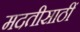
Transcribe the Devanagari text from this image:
मदतीसाठीं